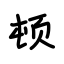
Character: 顿